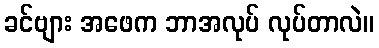
ခင်ဗျား အဖေက ဘာအလုပ် လုပ်တာလဲ။